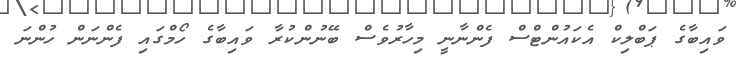
ވައިބާގެ ޕަބްލިކް އެކައުންޓްސް ފެންނާނީ މިހާރުވެސް ބޭނުންކުރާ ވައިބާގެ ހޯމްގައި ފެންނަން ހުންނަ